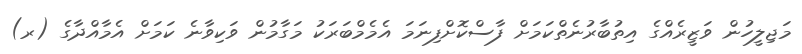
މަޖިލީހުން ވަޒީރެއްގެ އިތުބާރުނެތްކަމަށް ފާސްކޮށްފިނަމަ އެމެމްބަރަކު މަގާމުން ވަކިވާނެ ކަމަށް އެމާއްދާގެ (ރ)